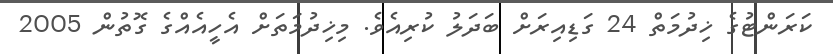
ކަރަންޓުގެ ޚިދުމަތް 24 ގަޑިއިރަށް ބަދަލު ކުރިއެވެ. މިޚިދުމަތަށް އެހީއެއްގެ ގޮތުން 2005